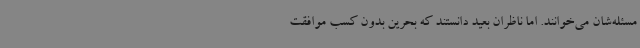
مسئله‌شان می‌خوانند. اما ناظران بعید دانستند که بحرین بدون کسب موافقت